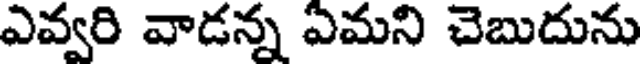
ఎవ్వరి వాడన్న ఎమని చెబుదును